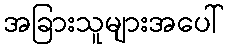
အခြားသူများအပေါ်